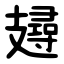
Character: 攳